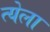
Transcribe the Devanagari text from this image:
त्येला